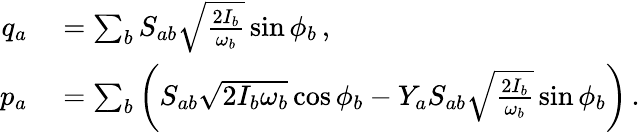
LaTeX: \begin{array}{rl}{q_{a}}&{{}=\sum_{b}S_{ab}\sqrt{\frac{2I_{b}}{\omega_{b}}}\sin\phi_{b}\, ,}\\ {p_{a}}&{{}=\sum_{b}\left(S_{ab}\sqrt{2I_{b}\omega_{b}}\cos\phi_{b}-Y_{a}S_{ab}\sqrt{\frac{2I_{b}}{\omega_{b}}}\sin\phi_{b}\right)\, .}\end{array}